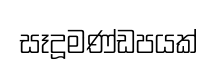
සෑදූමණ්ඩපයක්